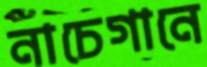
নাচেগানে